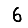
Digit: 6